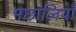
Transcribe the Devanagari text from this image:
मछालियाँ